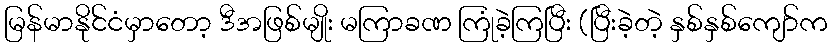
မြန်မာနိုင်ငံမှာတော့ ဒီအဖြစ်မျိုး မကြာခဏ ကြုံခဲ့ကြပြီး (ပြီးခဲ့တဲ့ နှစ်နှစ်ကျော်က